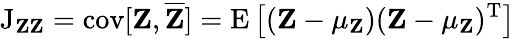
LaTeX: \operatorname{J}_{\mathbf{Z}\mathbf{Z}}=\operatorname{cov}[\mathbf{Z},{\overline{{\mathbf{Z}}}}]=\operatorname{E}\left[(\mathbf{Z}-\mathbf{\mu_{Z}})(\mathbf{Z}-\mathbf{\mu_{Z}})^{\mathrm{T}}\right]